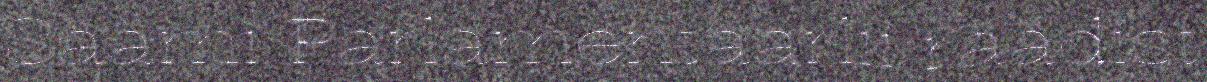
Säämi Parlamentaarlii rääđist